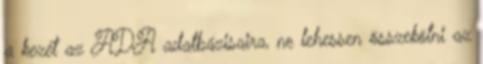
a kezét az ADA adatbázisaira, ne lehessen összekötni az